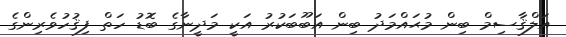
އަލްޤާސިމް ބިން މުޙައްމަދު ބިން އަބޫބަކުރު އަކީ މަދީނާގެ ބޮޑު ހަތް ފިޤުހުވެރިންގެ